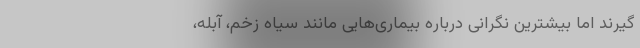
گیرند اما بیشترین نگرانی درباره بیماری‌هایی مانند سیاه زخم، آبله،